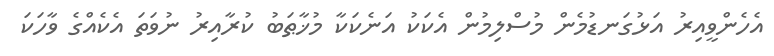
އެހެންވީއިރު އަޅުގަނޑުމެން މުސްލިމުން އެކަކު އަނެކަކާ މުޚާޠަބު ކުރާއިރު ނުވަތަ އެކެއްގެ ވާހަކަ